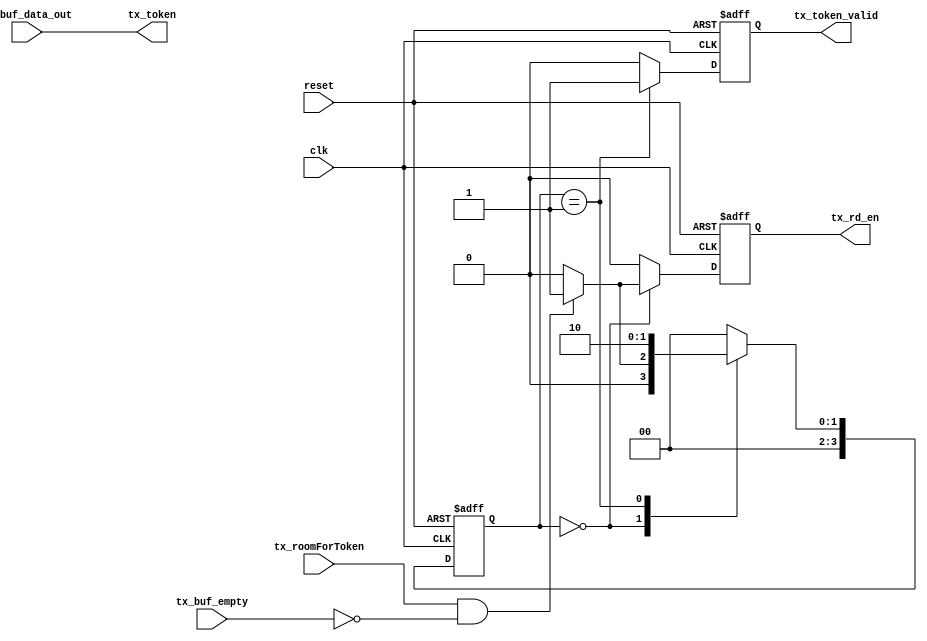
module XLinkTxCntrl( 

   clk, reset,             // system services 

   tx_roomForToken,        // indicates PHY can accept another token
   tx_token,               // input token to be transmitted.
   tx_token_valid,         // indicate that the data on the bus is valid
   
   tx_buf_data_out,        // buffer interface
   tx_rd_en,
   tx_buf_empty
   
   );
   
input clk;
input reset;

input tx_roomForToken;
output [8:0] tx_token;
//reg [8:0] tx_token;
output tx_token_valid;
reg tx_token_valid;
reg tx_token_valid_t;

input [8:0] tx_buf_data_out;
output tx_rd_en;
reg tx_rd_en;
reg tx_rd_en_t;
input tx_buf_empty;

reg [3:0] s, s1;

`define START 0
`define SEND_TOKEN 1
`define SEND_TOKEN_DONE 2

always @(posedge clk or posedge reset) 
begin
   if (reset) begin
      s <= `START;
      tx_rd_en <= 0;
      tx_token_valid <= 0;
   end
   else begin
      s <= s1;
      tx_rd_en <= tx_rd_en_t;
      tx_token_valid <= tx_token_valid_t;
   end
end

assign tx_token = tx_buf_data_out;

always @(*)
begin
    
s1 = `START;
tx_token_valid_t = 0;
tx_rd_en_t = 0;
case (s)
`START:   
   // send data to trasmitter if the transmitter has room
   // and there is data in the fifo
   if (tx_roomForToken & !tx_buf_empty)
   begin
      tx_rd_en_t = 1;
      s1 = `SEND_TOKEN;
   end
   else
   begin
      tx_token_valid_t = 0;
      tx_rd_en_t = 0;
      s1 = `START;
   end
//1:
`SEND_TOKEN:
begin
   tx_token_valid_t = 1;
   tx_rd_en_t = 0;
   s1 = `SEND_TOKEN_DONE;
end
//2:
`SEND_TOKEN_DONE:
begin
   tx_token_valid_t = 0;
   tx_rd_en_t = 0;
   s1 = `START;
end
default: 
  s1 = `START;
endcase
end // end always

endmodule